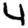
Digit: 4